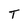
Character: T